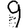
Digit: 9